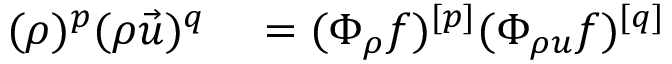
\begin{array} { r l } { ( \rho ) ^ { p } ( \rho \vec { u } ) ^ { q } } & { { } = ( \Phi _ { \rho } f ) ^ { [ p ] } ( \Phi _ { \rho u } f ) ^ { [ q ] } } \end{array}